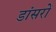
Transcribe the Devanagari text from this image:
डांसरों